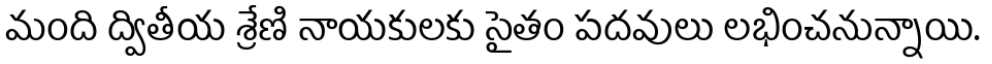
మంది ద్వితీయ శ్రేణి నాయకులకు సైతం పదవులు లభించనున్నాయి.